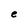
Character: e